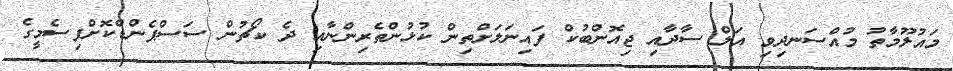
މައުލޫމާތު މުއްސަނދިވި އަލް ސާދާއި ޖިއޮންބުކް ފައިނަލަށްތިން ކުޅުންތެރިންނާއި ދެ ކޯޗުން ސަސްޕެންޑްކޮށްފިސެމީގެ